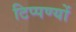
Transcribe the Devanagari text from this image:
टिप्पण्यों